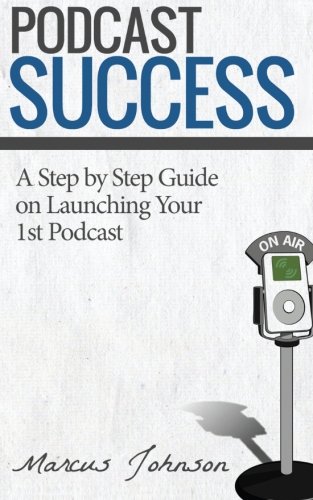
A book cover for Podcast Success A Step by Step Guide on Launching Your 1st Podcast; Marcus Johnson; Business & Money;